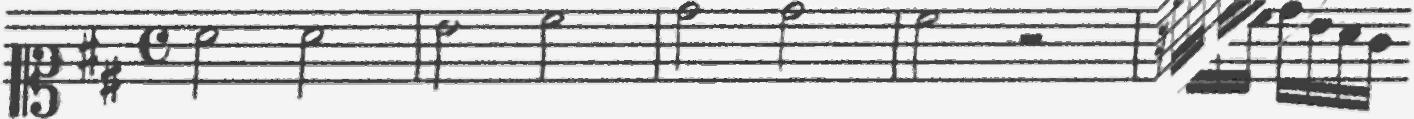
Transcription: clef-C1 keySignature-DM timeSignature-C note-A4_half note-A4_half barline note-B4_half note-C#5_half barline note-D5_half note-D5_half barline note-C#5_half rest-half barline rest-sixteenth note-C#5_sixteenth note-B4_sixteenth note-C#5_sixteenth note-D5_sixteenth note-B4_sixteenth note-A4_sixteenth note-G4_sixteenth